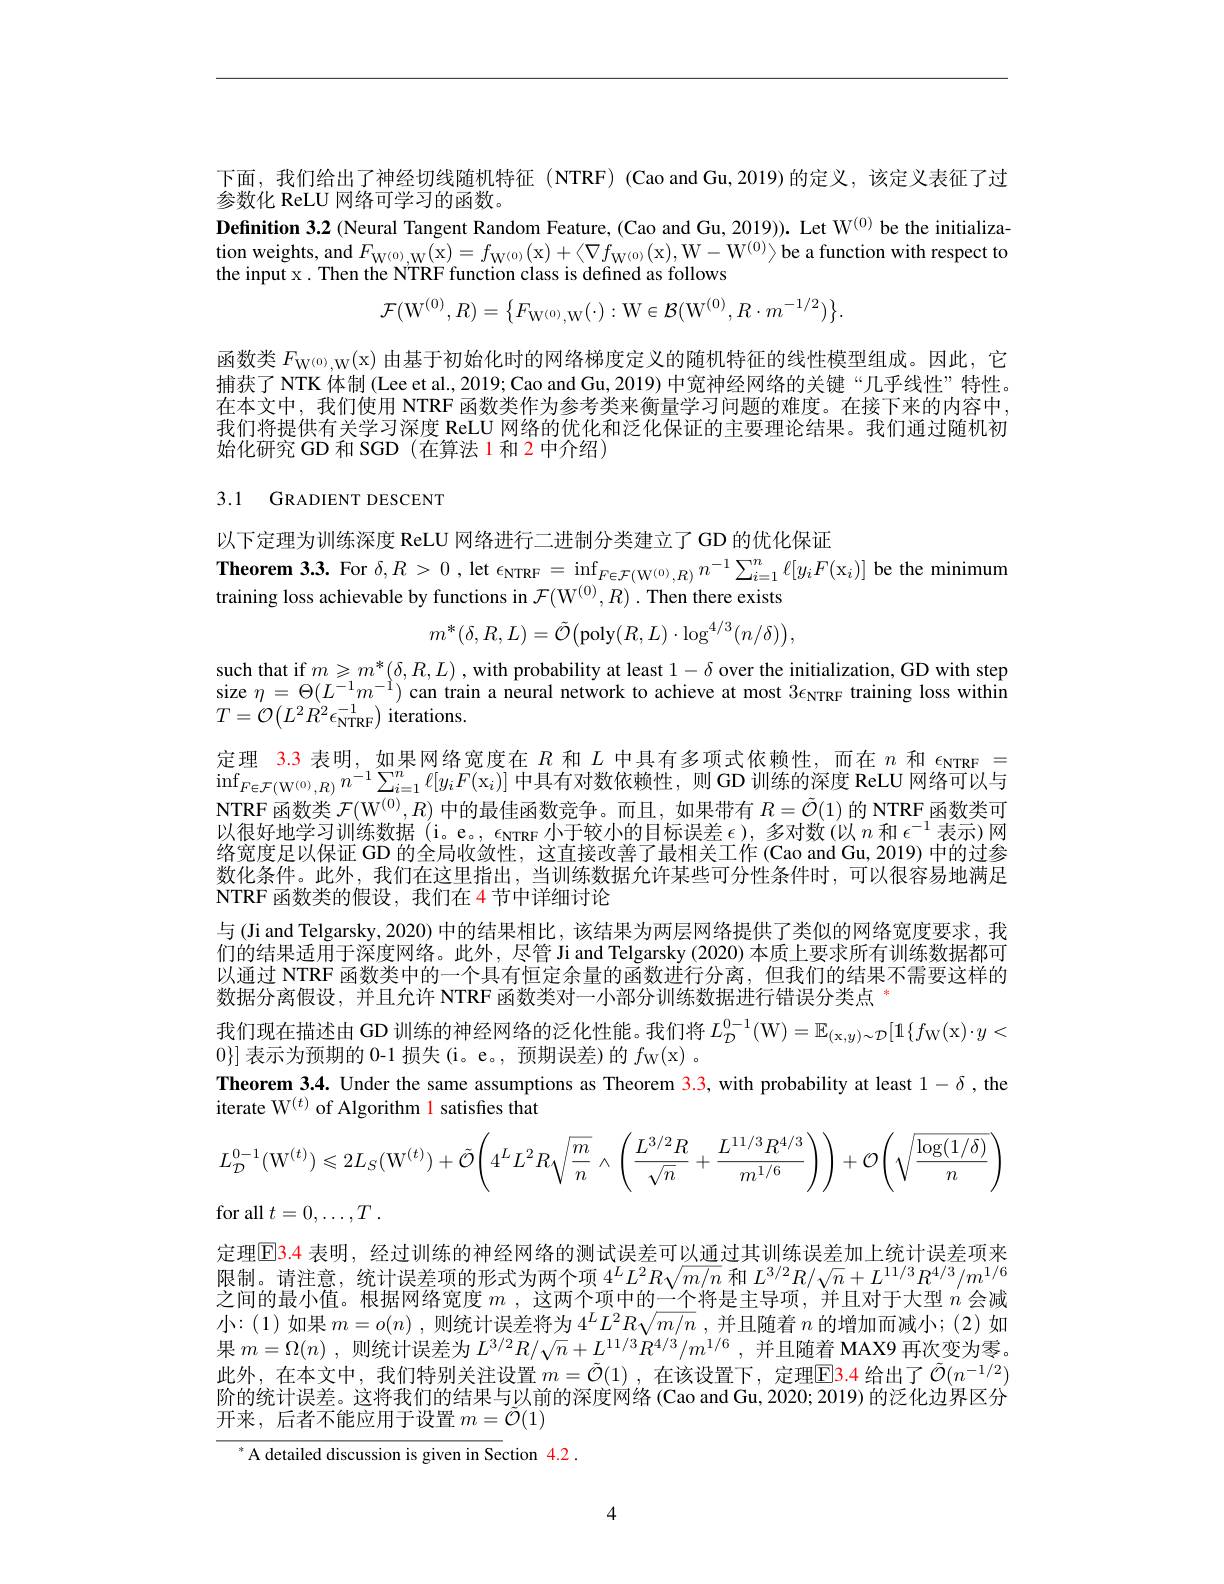
下面，我们给出了神经切线随机特征(NTRF)(Cao and Gu,2019)的定义，该定义表征了过
参数化 ReLU 网络可学习的函数。
Definition 3.2 (Neural Tangent Random Feature, (Cao and Gu, 2019)). Let W$^{(0)}$ be the initialization weights, and $F_{\mathrm{W}^{(0)},\mathrm{W}^{(\mathrm{x})}}($x$)=f_{\mathrm{W}^{(0)}}($x$)+\langle\nabla f_{\mathrm{W}^{(0)}}($x),W$-\mathrm{W}^(0)\rangle$ be a function with respect to the input x. Then the NTRF function class is defined as follows
$$\mathcal{F}(\mathrm{W}^{(0)},R)=\begin{Bmatrix}F_{\mathrm{W}^{(0)},\mathrm{W}}(\cdot):\mathrm{W}\in\mathcal{B}(\mathrm{W}^{(0)},R\cdot m^{-1/2})\end{Bmatrix}.$$
函数类$F_{\mathrm{W^{(0)},W}}($x)由基于初始化时的网络梯度定义的随机特征的线性模型组成。因此，它捕获了 NTK 体制 (Lee et al., 2019; Cao and Gu, 2019) 中宽神经网络的关键“几乎线性”特性。在本文中，我们使用 NTRF 函数类作为参考类来衡量学习问题的难度。在接下来的内容中， 我们将提供有关学习深度 ReLU 网络的优化和泛化保证的主要理论结果。我们通过随机初始化研究 GD 和 SGD (在算法 1 和 2 中介绍)

# 3.1 GRADIENT DESCENT

以下定理为训练深度 ReLU 网络进行二进制分类建立了 GD 的优化保证

Theorem 3.3. For $\delta,R>0$, let $\epsilon_\mathrm{NTRF}=\inf_{(\mathrm{o})}_{\in\mathcal{F}(\mathrm{W}^{(0)},R)}n^{-1}\sum_{i=1}^{n}\ell[y_{i}F(\mathrm{x}_{i})]$ be the minimum
training loss achievable by functions in $\mathcal{F} ( \mathrm{W} ^{( 0) }, R) .$ Then there exists
$$m^{*}(\delta,R,L)=\tilde{\mathcal{O}}\big(\mathrm{poly}(R,L)\cdot\log^{4/3}(n/\delta)\big),$$
such that if $m\geqslant m^*(\delta,R,L)$ , with probability at least $1-\delta$ over the initialization, GD with step size $\eta=\Theta(L^{-1}m^{-1})$ can train a neural network to achieve at most $3\epsilon_\mathrm{NTRF}$ training loss within $T={\mathcal O}\left(L^{2}\dot{R}^{2}\epsilon_{\mathrm{NTRF}}^{-1}\right)$iterations.

定理 3.3 表明，如果网络宽度在$R$和$L$中具有多项式依赖性，而在$n$和$\epsilon_\mathrm{NTRF}=$ $\operatorname*{inf}_{F\in\mathcal{F}(\mathrm{W}^{(0)},R)}n^{-1}\sum_{i=1}^{n}\ell[y_iF(\mathrm{x}_i)]$中具有对数依赖性，则 GD 训练的深度 ReLU 网络可以与NTRF 函数类$\mathcal{F} ( \mathrm{W} ^{( 0) }, R)$中的最佳函数竞争。而且，如果带有$R=\tilde{\mathcal{O}}(1)$的 NTRF 函数类可以很好地学习训练数据(i。e。, $\epsilon_\mathrm{NTRF}$小于较小的目标误差$\epsilon)$,多对数(以$n$和$\epsilon^-1$表示)网络宽度足以保证 GD 的全局收敛性，这直接改善了最相关工作 (Cao and Gu, 2019) 中的过参数化条件。此外，我们在这里指出，当训练数据允许某些可分性条件时，可以很容易地满足NTRF 函数类的假设，我们在 4 节中详细讨论
与 (Ji and Telgarsky, 2020) 中的结果相比，该结果为两层网络提供了类似的网络宽度要求，我们的结果适用于深度网络。此外，尽管 Ji and Telgarsky (2020) 本质上要求所有训练数据都可以通过 NTRF 函数类中的一个具有恒定余量的函数进行分离，但我们的结果不需要这样的数据分离假设，并且允许 NTRF 函数类对一小部分训练数据进行错误分类点”
我们现在描述由 GD 训练的神经网络的泛化性能。我们将$L_{\mathcal{D} }^{0- 1}( \mathcal{W} ) = \mathbb{E} _{( \mathrm{x} , y) \sim \mathcal{D} }[ 1\{ f_{\mathrm{W} }($x$) \cdot y<$
$0\}]$表示为预期的 0-1 损失(i。e。, 预期误差)的$f_{\mathrm{W}}($x) 。
Theorem 3.4. Under the same assumptions as Theorem $\color{red}{3.3,\text{with probability at least }1-\delta,\text{the}}$
iterate W$^{(t)}$ of Algorithm 1 satisfies that
$$L_{\mathcal{D}}^{0-1}(\mathrm{W}^{(t)})\leqslant2L_{S}(\mathrm{W}^{(t)})+\tilde{\mathcal{O}}\Bigg(4^{L}L^{2}R\sqrt{\frac{m}{n}}\wedge\Bigg(\frac{L^{3/2}R}{\sqrt{n}}+\frac{L^{11/3}R^{4/3}}{m^{1/6}}\Bigg)\Bigg)+\mathcal{O}\Bigg(\sqrt{\frac{\log(1/\delta)}{n}}\Bigg)$$
for all $t= 0, \ldots , T$ .
定理$\color{red}{\mathrm{E}}\color{red}{3.4}$ 表明，经过训练的神经网络的测试误差可以通过其训练误差加上统计误差项来限制。请注意，统计误差项的形式为两个项$4^LL^2R\sqrt{m/n}$和$L^3/2R/\sqrt{n}+L^{11/3}R^{4/3}/m^{1/6}$ 之间的最小值。根据网络宽度$m$ ,这两个项中的一个将是主导项，并且对于大型$n$会减小：(1)如果$m=o(n)$,则统计误差将为$4^LL^2R\sqrt{m/n}$ ,并且随着$n$的增加而减小；(2)如果$m= \Omega ( n)$ ,则统计误差为$L^3/ 2R/ \sqrt {n}+ L^{11/ 3}R^{4/ 3}/ m^{1/ 6}$ ,并且随着 MAX9 再次变为零。此外，在本文中，我们特别关注设置$m= \tilde{\mathcal{O} } ( 1)$ , 在 该 设 置 下 , 定 理 EB. 4 给出了$\tilde{\mathcal{O}}(n^{-1/2})$ 阶的统计误差。这将我们的结果与以前的深度网络 (Cao and Gu, 2020; 2019) 的泛化边界区分开来，后者不能应用于设置$m=\tilde{\mathcal{O}}(1)$
$^*$A detailed discussion is given in Section 4.2.

4